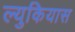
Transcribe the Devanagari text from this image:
ल्युकियास